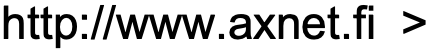
http://www.axnet.fi >